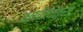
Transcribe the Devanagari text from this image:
श्रीचित्रा